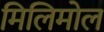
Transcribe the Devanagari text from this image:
मिलिमोल